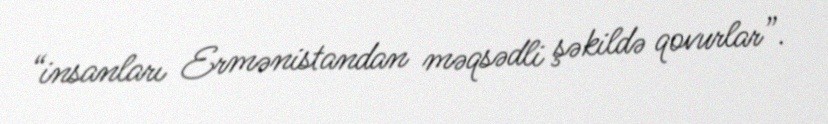
“insanları Ermənistandan məqsədli şəkildə qovurlar”.